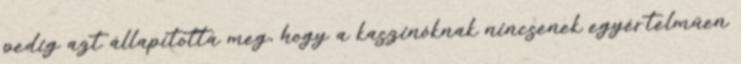
pedig azt állapította meg, hogy a kaszinóknak nincsenek egyértelműen